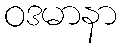
ဝဒမာနာ